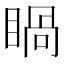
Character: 𥈓